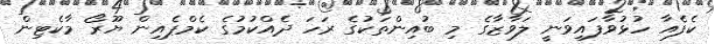
ކެފެއާ ހުޅުވާފައިވަނީ ލަވާޒާގެ މި ބުއިންތަކުގެ ރަހަ ދެއްކުމުގެ ކެމްޕެއިން ޔޫރޯ މާކެޓިން